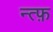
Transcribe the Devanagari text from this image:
न्त्फ़